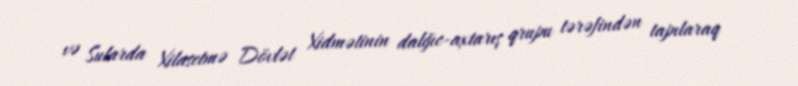
və Sularda Xilasetmə Dövlət Xidmətinin dalğıc-axtarış qrupu tərəfindən tapılaraq